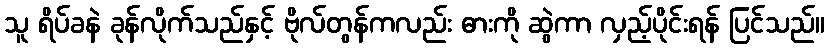
သူ ရိပ်ခနဲ ခုန်လိုက်သည်နှင့် ဗိုလ်တွန်ကလည်း ဓားကို ဆွဲကာ လှည့်ပိုင်းရန် ပြင်သည်။